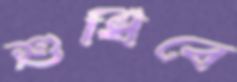
শুধিবে